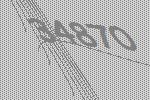
34870